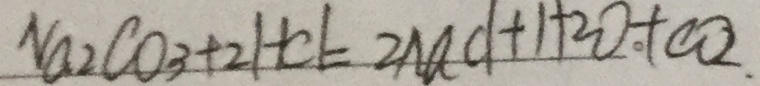
N a _ { 2 } C O _ { 3 } + 2 H C l = 2 N a C l + H _ { 2 } O + C O .